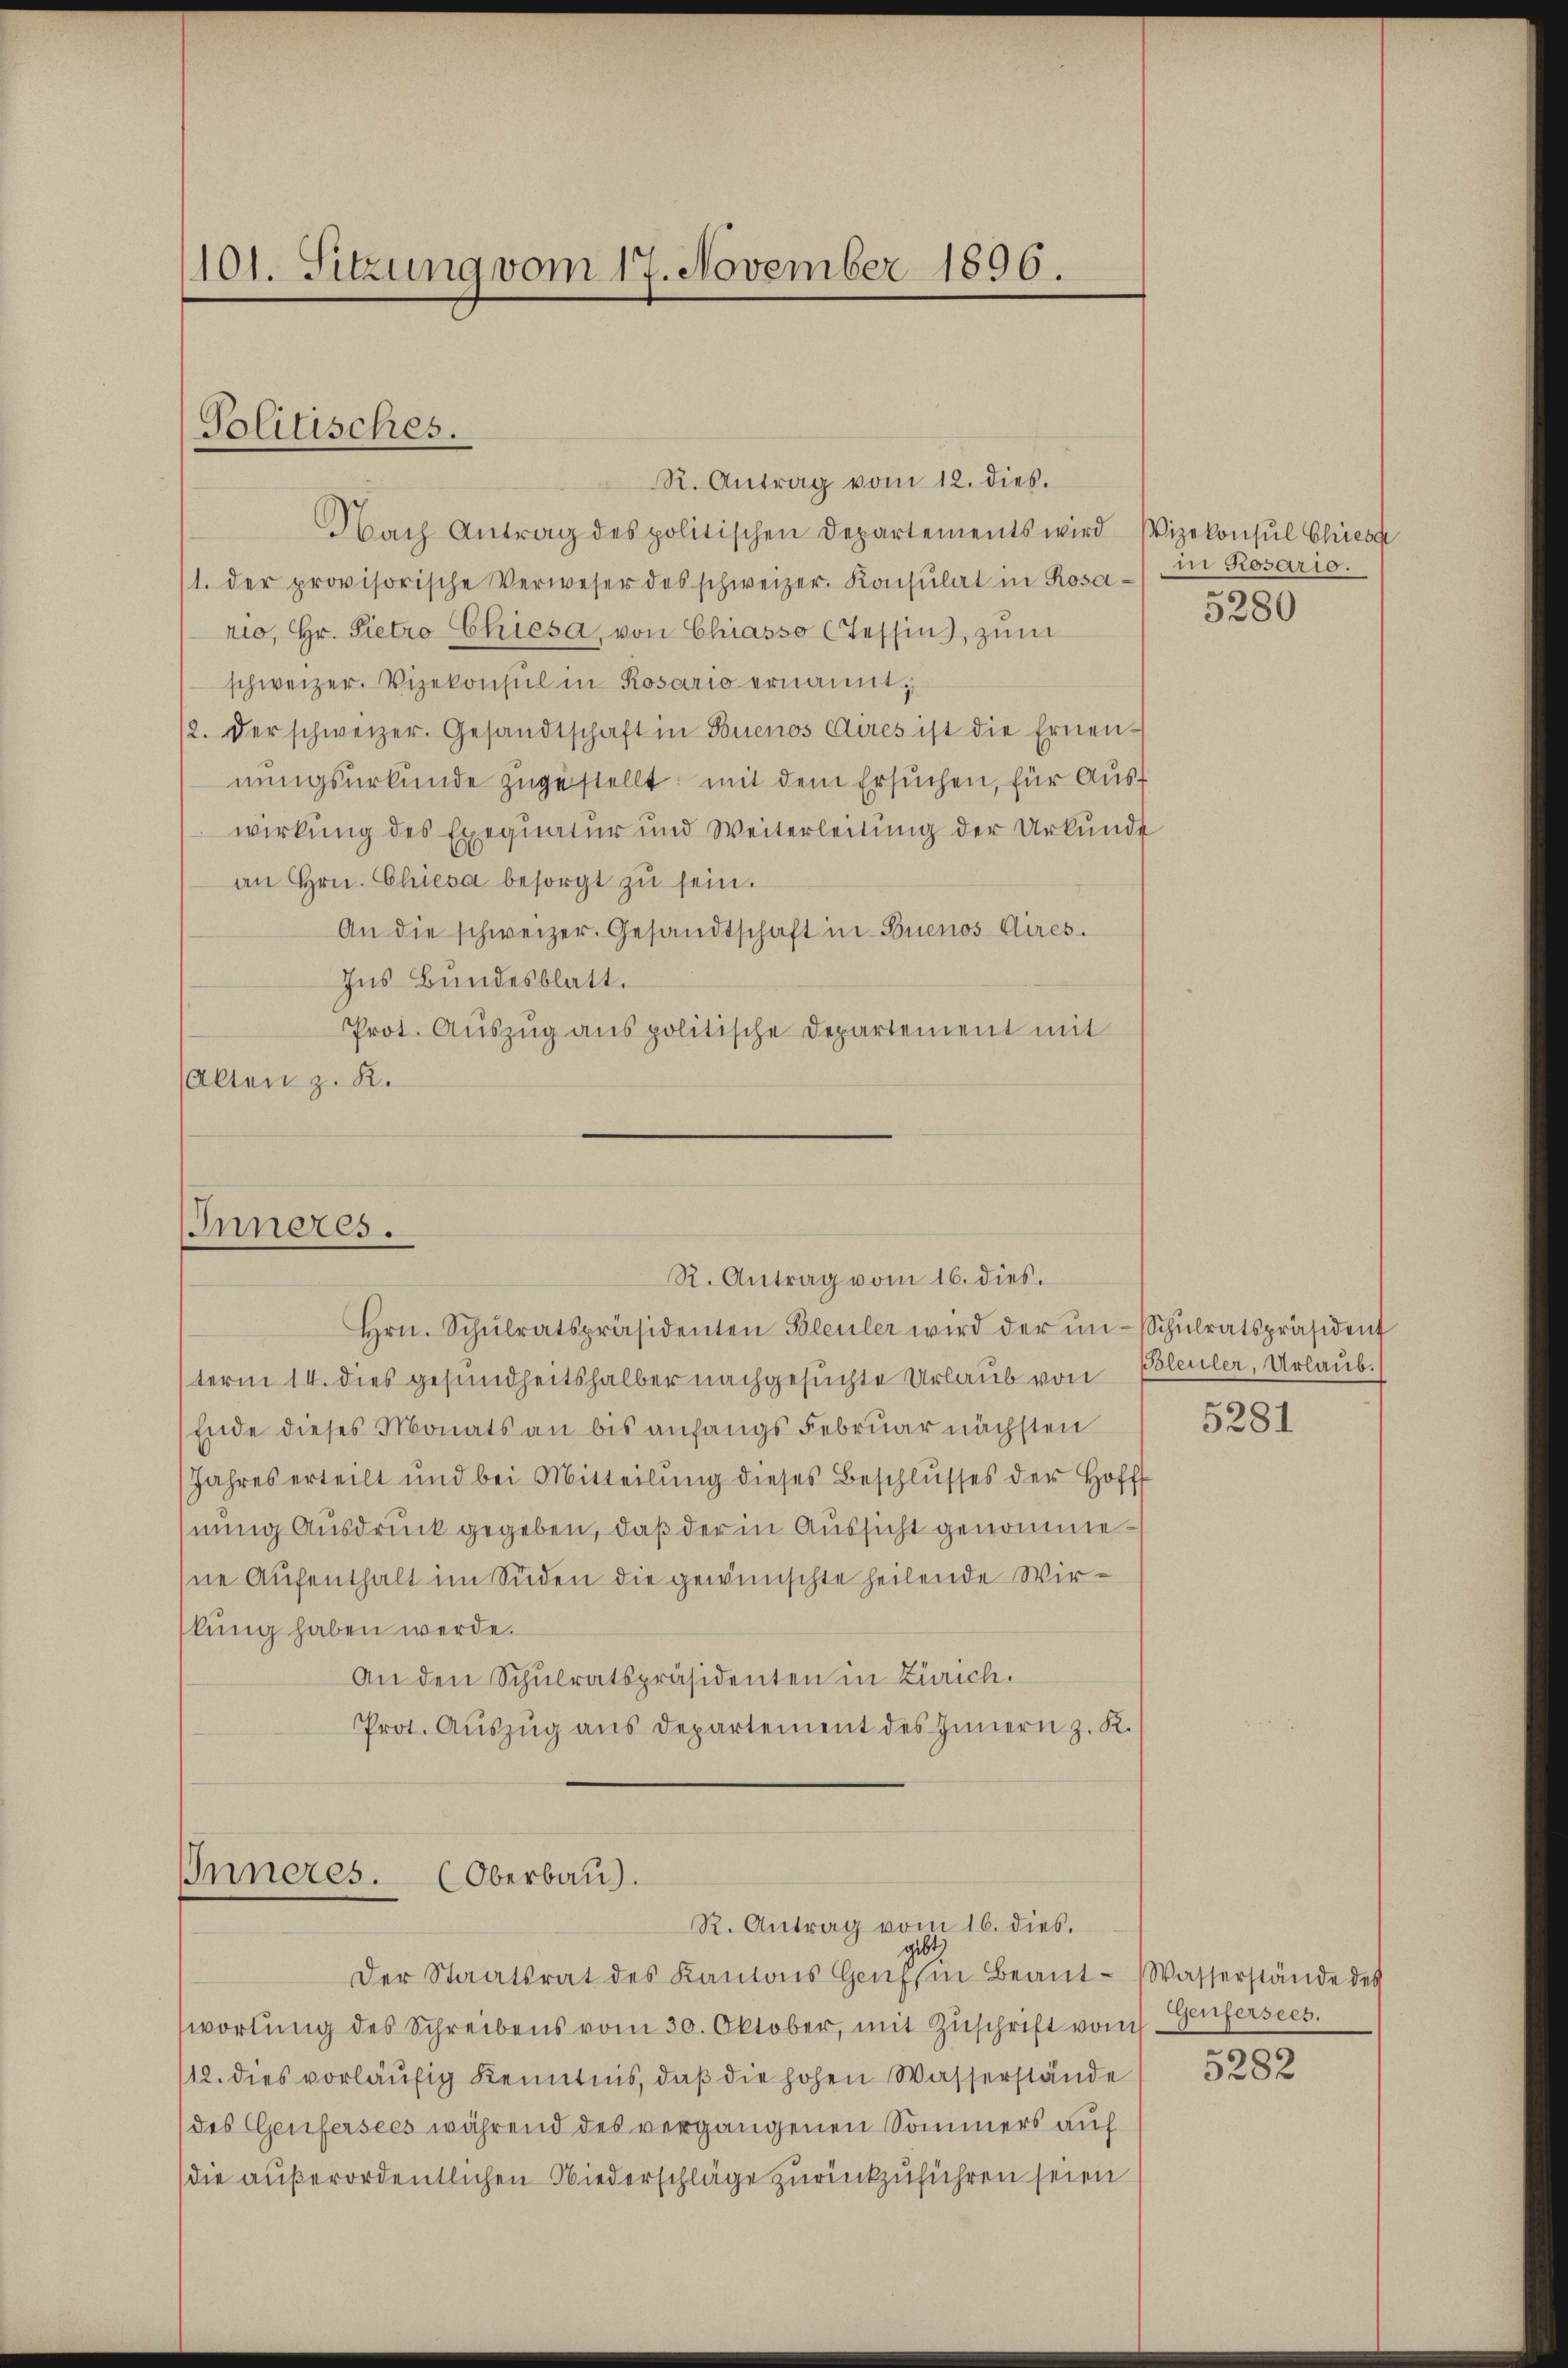
101. Sitzung vom 17. November 1896.

Politisches.

R. Antrag vom 12. dies.
Nach Antrag des politischen Departements wird Vizekonsul Chies
1. der provisorische Verweser des schweizer. Konsulat in Rosa-
rio, Hr. Pietro Chiesa von Chiasso (Tessin, zum
schweizer. Vizekonsul in Rosario ernannt;
12. Der schweizer. Gesandtschaft in Buenos Aires ist die Ernen-
nungsurkunde zugestellt, mit dem Ersuchen, für Auswirkung des Exequatur und Weiterleitung der Urkunde
an Hrn. Chiesa besorgt zu sein.
An die schweizer. Gesandtschaft in Buenos Aires.
Ins Bundesblatt.
Prot. Aŭszŭg anspolitische Departement mit
(alten z. R.

Inneres.

Hrn. Schŭlratspräsidenten Bleuler wird der in Schŭlratspräsident
term 14. dies gesundheitshalber nachgesuchte Urlaub von
Ende dieses Monats an bis anfangs Februar nächsten
Jahres erteilt und bei Mitteilŭng dieses Beschlŭsses der Hoff
hnung Ausdruck gegeben, daß der in Aussicht genommene Aufenthalt im Süden die gewünschte heilende Wirkung haben werde.
An den Schulratspräsidenten in Zürich.
Prot. Aŭszŭg aŭs Departement des Innern z. K.

R. Antrag vom 16. dies.

IInneres. (Oberbau).
R. Antrag vom 16. dies.
gibt,

Der Staatsrat des Kantons Genf in Beantwortŭng des Schreibens vom 30. Oktober, mit Zŭschrift vom Genfersees.
12. dies vorläufig Kenntnis, daß die hohen Wasserstände
(des Genfersees während des vergangenen Sommers auf
(die außerordentlichen Niederschläge zurückzuführen seien

in Rosario.

5280

Bleuler, Urlaub.
5281

Wasserstände des
s

3282